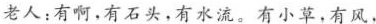
老人：有啊，有石头，有水流。有小草，有风，